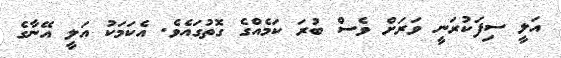
އަލީ ސިފަކުރަނީ ވަރަށް ވެސް ބުރަ ކަމެއްގެ ގޮތުގައެވެ. އެކަމަކު އަލީ އޭނާގެ